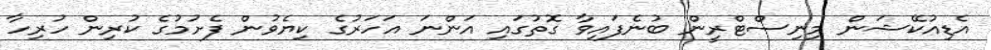
އެޑިއުކޭޝަން މިނިސްޓްރީން ބުނެފައިވާ ގޮތުގައި އަންނަ އަހަރުގެ ކިޔެވުން ފެށުމުގެ ކުރިން ހުރިހާ